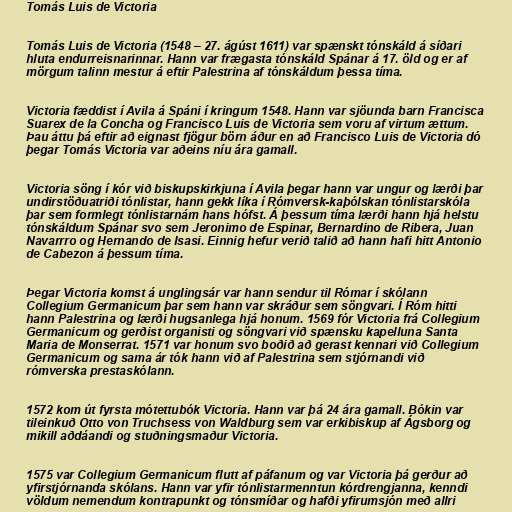
Tomás Luis de Victoria

Tomás Luis de Victoria (1548 – 27. ágúst 1611) var spænskt tónskáld á síðari
hluta endurreisnarinnar. Hann var frægasta tónskáld Spánar á 17. öld og er af
mörgum talinn mestur á eftir Palestrina af tónskáldum þessa tíma.

Victoria fæddist í Avila á Spáni í kringum 1548. Hann var sjöunda barn Francisca
Suarex de la Concha og Francisco Luis de Victoria sem voru af virtum ættum.
Þau áttu þá eftir að eignast fjögur börn áður en að Francisco Luis de Victoria dó
þegar Tomás Victoria var aðeins níu ára gamall.

Victoria söng í kór við biskupskirkjuna í Avila þegar hann var ungur og lærði þar
undirstöðuatriði tónlistar, hann gekk líka í Rómversk-kaþólskan tónlistarskóla
þar sem formlegt tónlistarnám hans hófst. Á þessum tíma lærði hann hjá helstu
tónskáldum Spánar svo sem Jeronimo de Espinar, Bernardino de Ribera, Juan
Navarrro og Hernando de Isasi. Einnig hefur verið talið að hann hafi hitt Antonio
de Cabezon á þessum tíma.

Þegar Victoria komst á unglingsár var hann sendur til Rómar í skólann
Collegium Germanicum þar sem hann var skráður sem söngvari. Í Róm hitti
hann Palestrina og lærði hugsanlega hjá honum. 1569 fór Victoria frá Collegium
Germanicum og gerðist organisti og söngvari við spænsku kapelluna Santa
Maria de Monserrat. 1571 var honum svo boðið að gerast kennari við Collegium
Germanicum og sama ár tók hann við af Palestrina sem stjórnandi við
rómverska prestaskólann.

1572 kom út fyrsta mótettubók Victoria. Hann var þá 24 ára gamall. Bókin var
tileinkuð Otto von Truchsess von Waldburg sem var erkibiskup af Ágsborg og
mikill aðdáandi og stuðningsmaður Victoria.

1575 var Collegium Germanicum flutt af páfanum og var Victoria þá gerður að
yfirstjórnanda skólans. Hann var yfir tónlistarmenntun kórdrengjanna, kenndi
völdum nemendum kontrapunkt og tónsmíðar og hafði yfirumsjón með allri